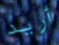
أريد